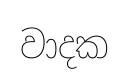
වාදක